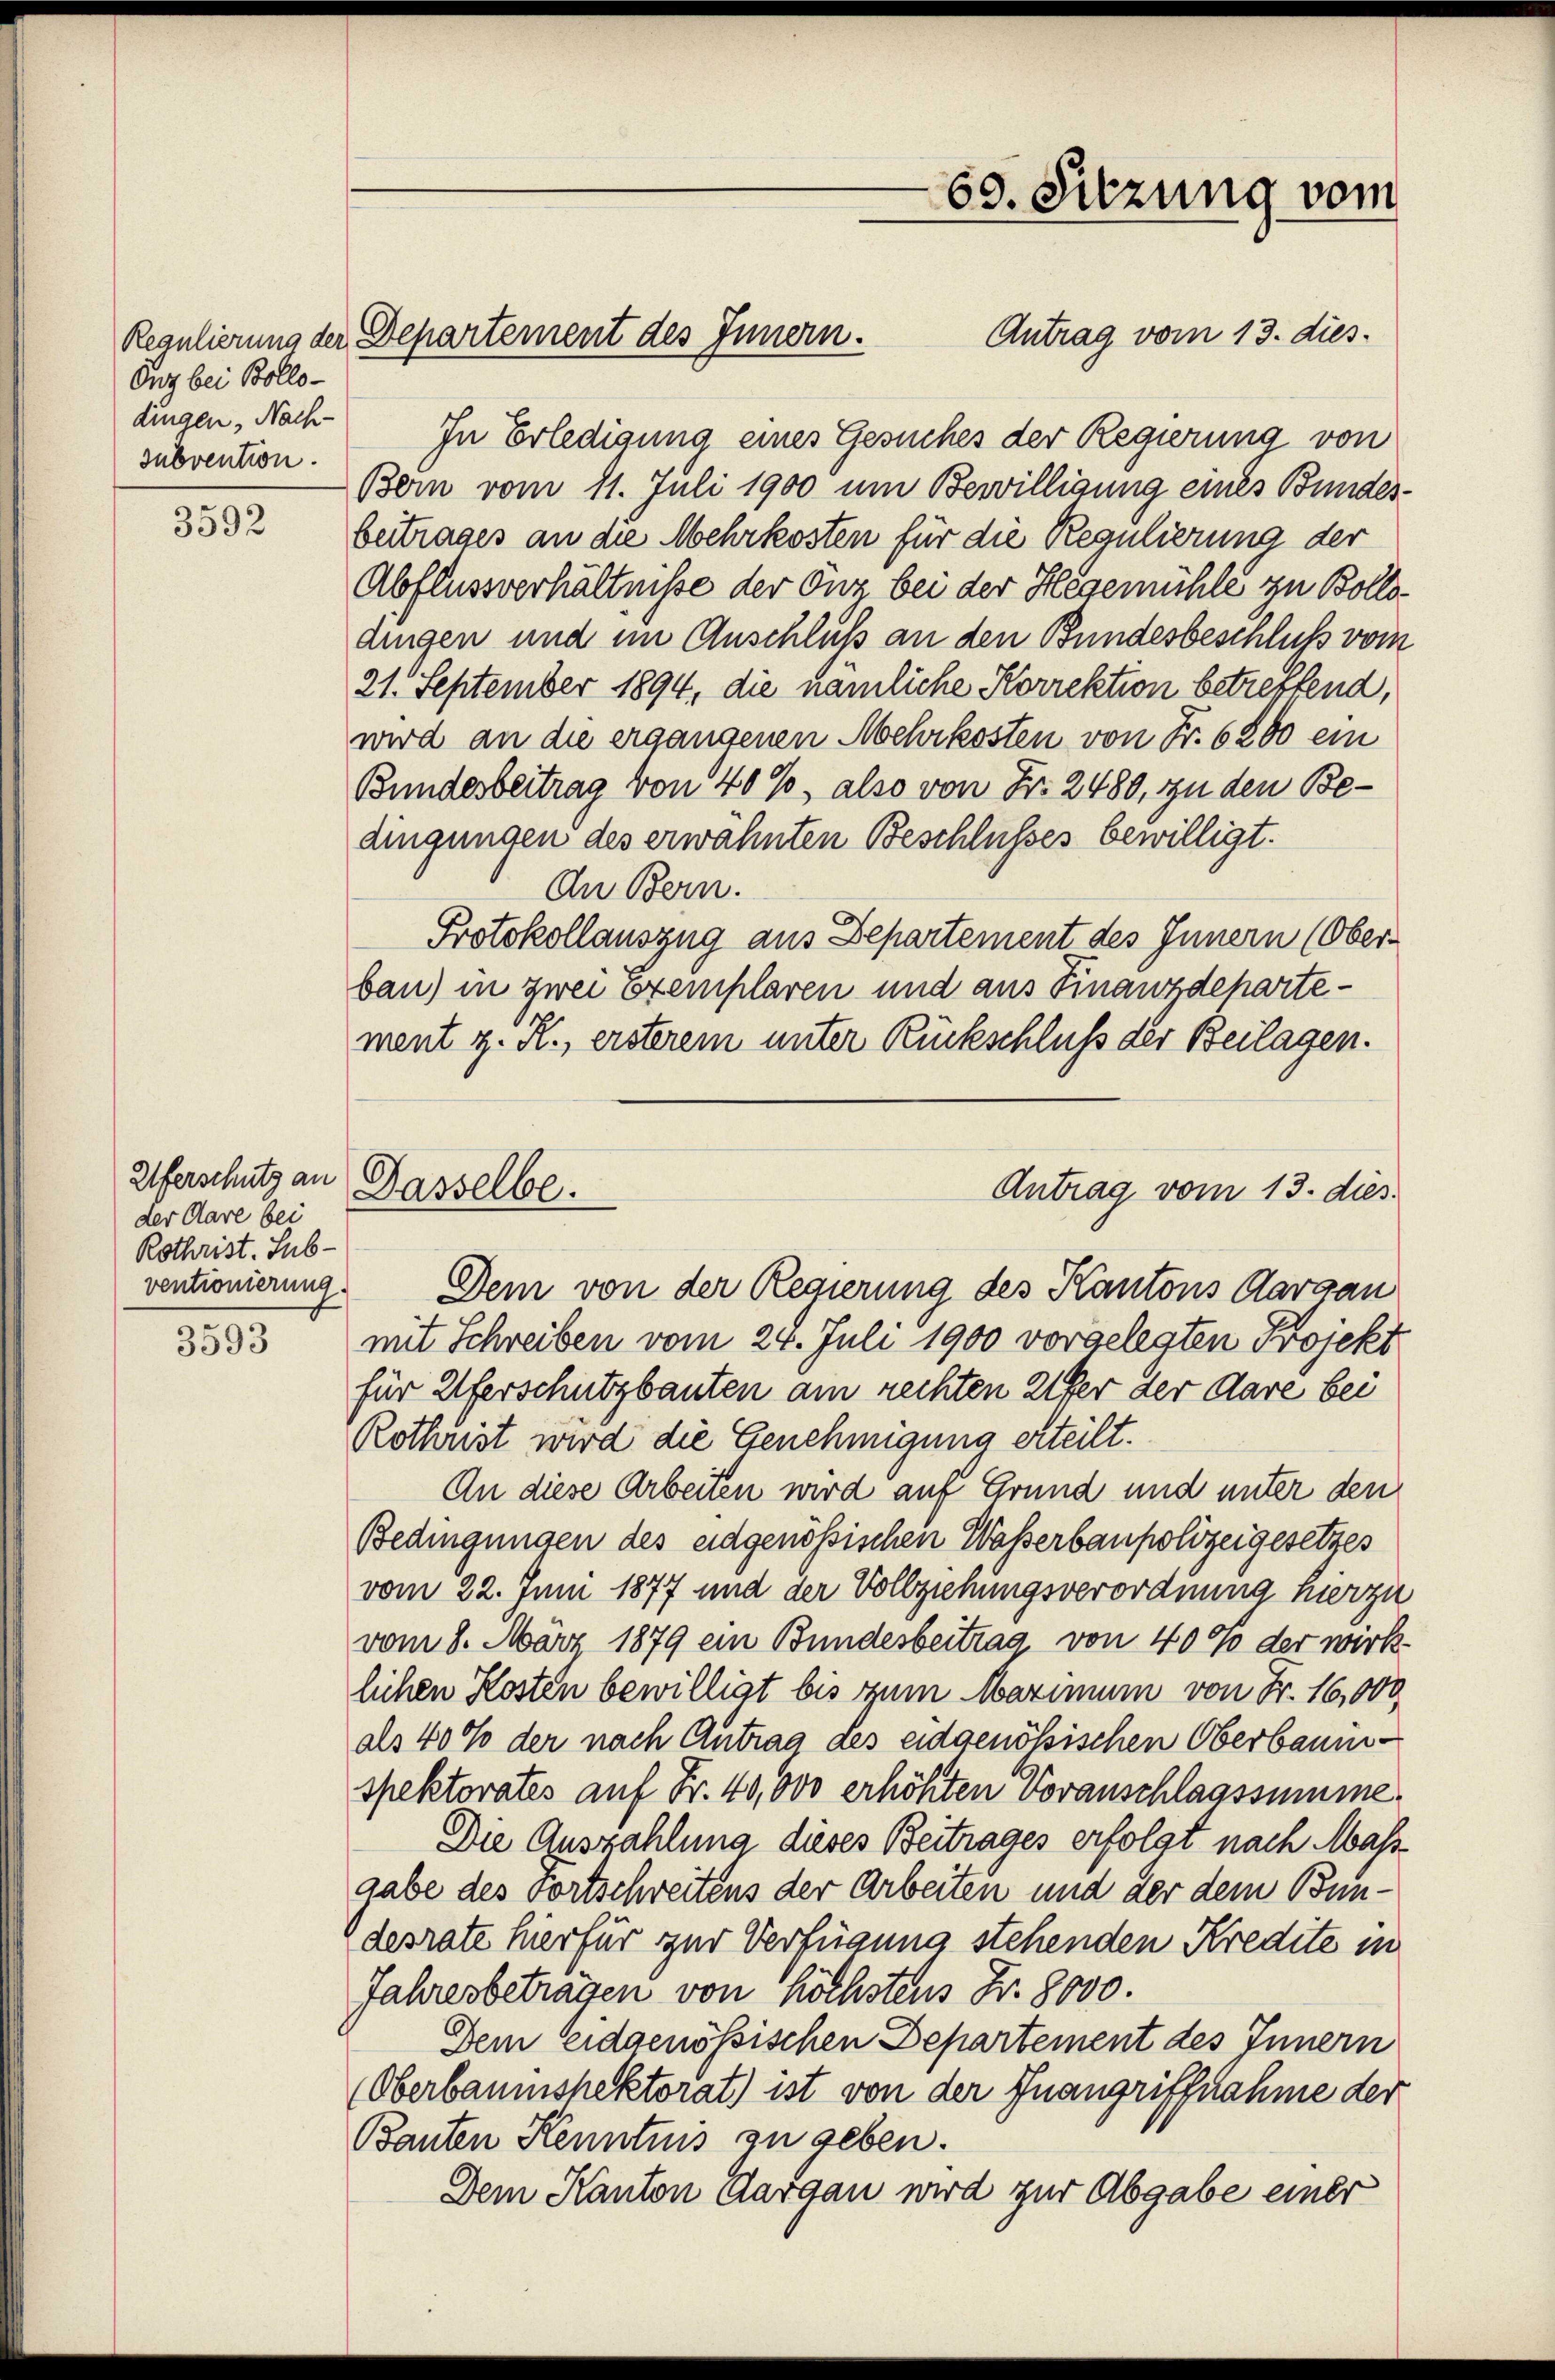
Onz bei Bollodingen, Nach-
subvention.

3592

Uferschutz an
der Aare bei
Rothrist. Sub-
ventionierung.
3593

Antrag vom 13. dies
In Erledigung eines Gesuches der Regierung von
Bern vom 11. Juli 1900 um Bewilligung eines Bundes-
beitrages an die Mehrkosten für die Regulierung der
Abflussverhältnisse der Onz bei der Hegemühle zu Bollodingen und im Anschluß an den Bundesbeschluß vom
21. September 1894, die nämliche Korrektion betreffend,
wird an die ergangenen Mehrkosten von Fr. 6200 ein
Bundesbeitrag von 40%, also von Fr. 2480, zu den Bedingungen des erwähnten Beschlusses bewilligt.
An Bern.
Protokollauszug aus Departement des Innern (Ober-
bau) in zwei Exemplaren und aus Finanzdepartement z. R., ersterem unter Rückschluß der Beilagen.
Dem von der Regierung des Kantons Aargau
mit Schreiben vom 24. Juli 1900 vorgelegten Projekt
für Uferschutzbauten am rechten Ufer der Aare bei
Rothrist wird die Genehmigung erteilt.
An diese Arbeiten wird auf Grund und unter den
Bedingungen des eidgenössischen Wasserbaupolizeigesetzes
vom 22. Juni 1877 und der Vollziehungsverordnung hierzu
vom 8. März 1879 ein Bundesbeitrag von 40% der wirk-
lichen Kosten bewilligt bis zum Marimum von Fr. 16,000
als 40% der nach Antrag des eidgenössischen Oberbauinspektorates auf Fr. 40,000 erhöhten Voranschlagssumme
Die Auszahlung dieses Beitrages erfolgt nach Mass
gabe des Fortschreitens der Arbeiten und der dem Bundesrate hierfür zur Verfügung stehenden Kredite in
Jahresbetragen von höchstens Fr. 8000.
Dem eidgenössischen Departement des Innern
(Oberbaumspektorat) ist von der Inangriffnahme der
Bauten Kenntnis zu geben.
Dem Kanton Aargau wird zur Abgabe einer

Regulierung der Departement des Innern.

Dasselbe.
Antrag vom 13. dies

60. Sitzung vom